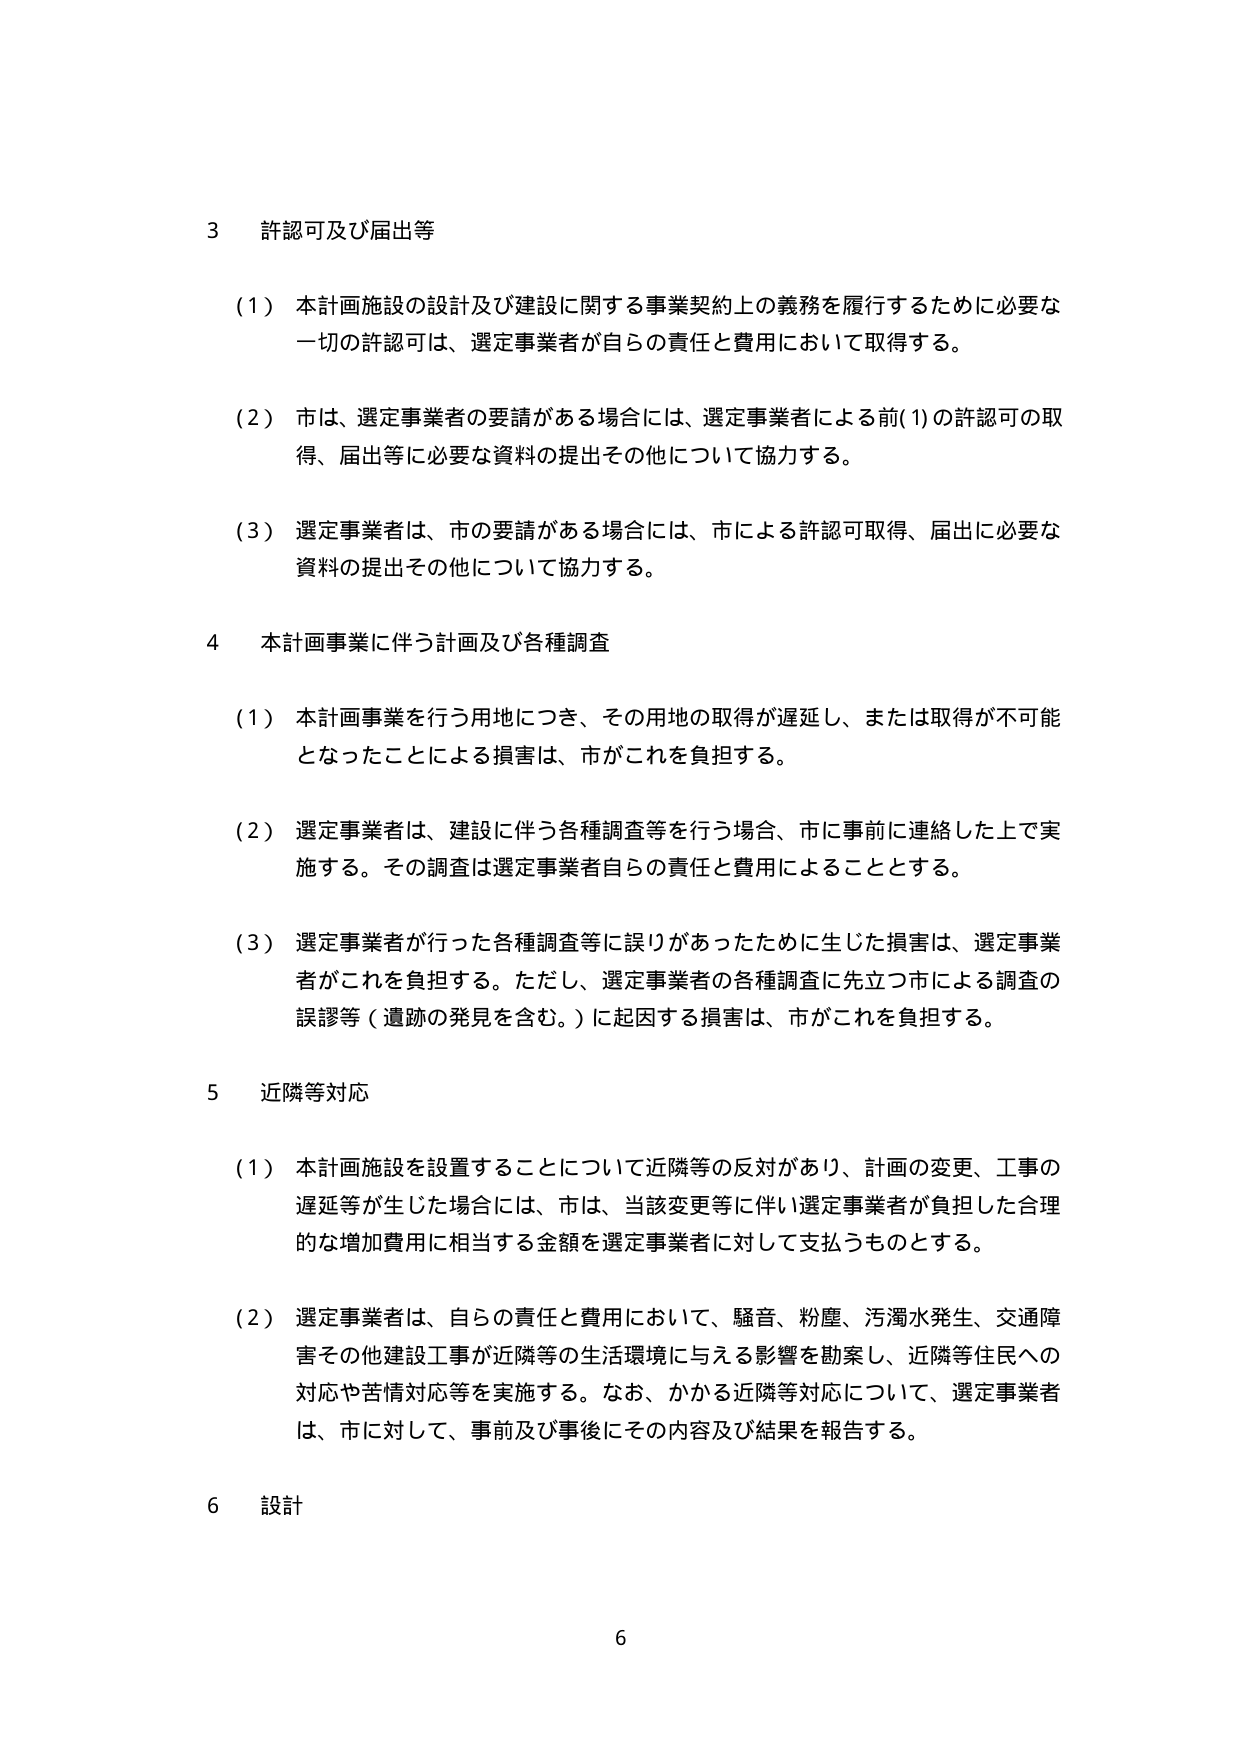
3 許認可及び届出等

（1）本計画施設の設計及び建設に関する事業契約上の義務を履行するために必要な一切の許認可は、選定事業者が自らの責任と費用において取得する。

（2）市は、選定事業者の要請がある場合には、選定事業者による前(1)の許認可の取得、届出等に必要な資料の提出その他について協力する。

（3）選定事業者は、市の要請がある場合には、市による許認可取得、届出に必要な資料の提出その他について協力する。

4 本計画事業に伴う計画及び各種調査

（1）本計画事業を行う用地につき、その用地の取得が遅延し、または取得が不可能となったことによる損害は、市がこれを負担する。

（2）選定事業者は、建設に伴う各種調査等を行う場合、市に事前に連絡した上で実施する。その調査は選定事業者自らの責任と費用によることとする。

（3）選定事業者が行った各種調査等に誤りがあったために生じた損害は、選定事業者がこれを負担する。ただし、選定事業者の各種調査に先立つ市による調査の誤謬等（遺跡の発見を含む。）に起因する損害は、市がこれを負担する。

5 近隣等対応

（1）本計画施設を設置することについて近隣等の反対があり、計画の変更、工事の遅延等が生じた場合には、市は、当該変更等に伴い選定事業者が負担した合理的な増加費用に相当する金額を選定事業者に対して支払うものとする。

（2）選定事業者は、自らの責任と費用において、騒音、粉塵、汚濁水発生、交通障害その他建設工事が近隣等の生活環境に与える影響を勘案し、近隣等住民への対応や苦情対応等を実施する。なお、かかる近隣等対応について、選定事業者は、市に対して、事前及び事後にその内容及び結果を報告する。

6 設計

6